Leaving Certificate Examination, 1918
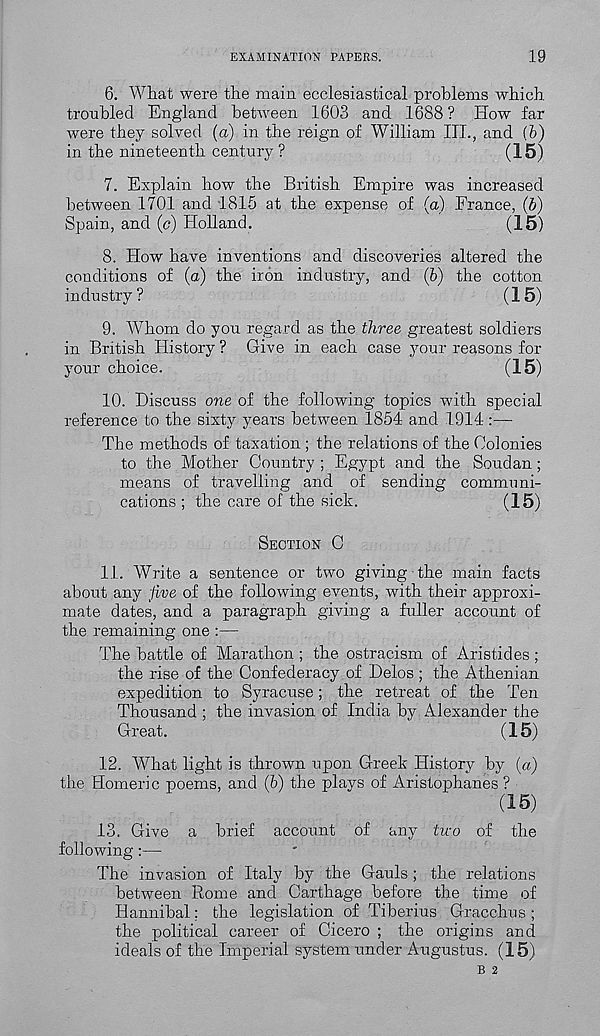
EXAMINATION PAPERS.
19
6. What were the main ecclesiastical problems which
troubled England between 1603 and 1688 ? How far
were they solved (a) in the reign of William III., and (fr)
in the nineteenth century ?
(15)
7. Explain how the British Empire was increased
between 1701 and 1815 at the expense of (a) France, (b)
Spain, and (c) Holland.
(15)
8. How have inventions and discoveries altered the
conditions of (a) the iron industry, and (6) the cotton
industry?
(15)
9. Whom do you regard as the three greatest soldiers
in British History ? Give in each case your reasons for
your choice.
(15)
10. Discuss one of the following topics with special
reference to the sixty years between 1854; and 1914::—
The methods of taxation ; the relations of the Colonies
to the Mother Country ; Egypt and the Soudan;
means of travelling and of sending communi-
cations ; the care of the sick.
(15)
SECTION C
11. Write a sentence or two giving the main facts
about any five of the following events, with their approxi-
mate dates, and a paragraph giving a fuller account of
the remaining one :—
The battle of Marathon ; the ostracism of Aristides ;
the rise of the Confederacy of Delos ; the Athenian
expedition to Syracuse; the retreat of the Ten
Thousand ; the invasion of India by Alexander the
Great.
(15)
12. What light is thrown upon Greek History by (a)
the Homeric poems, and (b) the plays of Aristophanes ?
(15)
13. Give a brief account of any two of the
following:—
The invasion of Italy by the Gauls ; the relations
between Rome and Carthage before the time of
Hannibal; the legislation of Tiberius Gracchus ;
the political career of Cicero ; the origins and
ideals of the Imperial system under Augustus. (15)